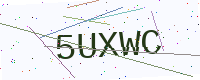
Text: 5UXWC